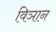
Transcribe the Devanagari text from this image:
विञान